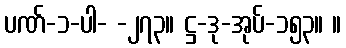
ပဏ်-၁-ပါ- -၂၇၃။ ဋ္ဌ-ဒု-အုပ်-၁၅၃။ ။